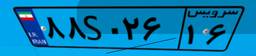
۴۲S۲۲۸۳۳